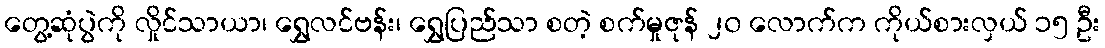
တွေ့ဆုံပွဲကို လှိုင်သာယာ၊ ရွှေလင်ဗန်း၊ ရွှေပြည်သာ စတဲ့ စက်မှုဇုန် ၂၀ လောက်က ကိုယ်စားလှယ် ၁၅ ဦး